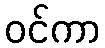
ဝင်ကာ